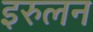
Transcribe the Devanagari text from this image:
इरुलन